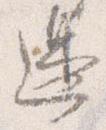
辺